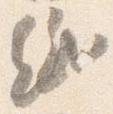
紙